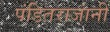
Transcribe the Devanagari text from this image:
पंडितराजांनी